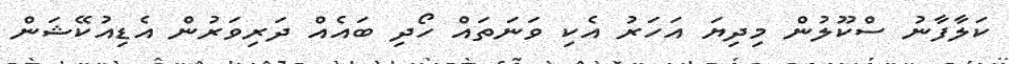
ކަލާފާނު ސްކޫލުން މިދިޔަ އަހަރު އެކި ވަނަތައް ހޯދި ބައެއް ދަރިވަރުން އެޑިއުކޭޝަން